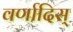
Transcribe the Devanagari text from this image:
वर्णादिस्‌